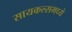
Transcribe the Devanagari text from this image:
सायकल्समध्ये